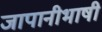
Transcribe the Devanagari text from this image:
जापानीभाषी